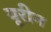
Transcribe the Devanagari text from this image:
यूरीन